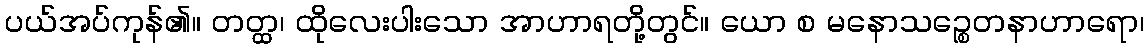
ပယ်အပ်ကုန်၏။ တတ္ထ၊ ထိုလေးပါးသော အာဟာရတို့တွင်။ ယော စ မနောသဉ္စေတနာဟာရော၊